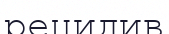
рецидив